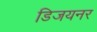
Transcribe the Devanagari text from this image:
डिजयनर